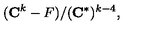
( { \bf C } ^ { k } - F ) / ( { \bf C } ^ { * } ) ^ { k - 4 } ,